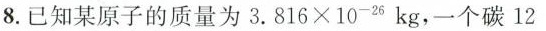
8.已知某原子的质量为 3.816 \times 10^{-26}kg,\rightarrow 个碳12